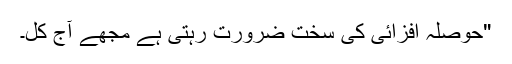
"حوصلہ افزائی کی سخت ضرورت رہتی ہے مجھے آج کل۔